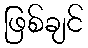
ဖြစ်ချင်